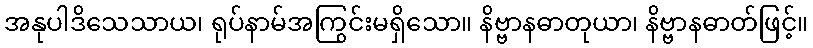
အနုပါဒိသေသာယ၊ ရုပ်နာမ်အကြွင်းမရှိသော။ နိဗ္ဗာနဓာတုယာ၊ နိဗ္ဗာနဓာတ်ဖြင့်။